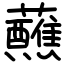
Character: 蘸